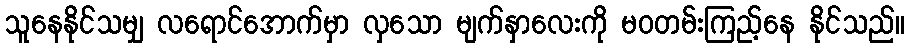
သူနေနိုင်သမျှ လရောင်အောက်မှာ လှသော မျက်နှာလေးကို မဝတမ်းကြည့်နေ နိုင်သည်။